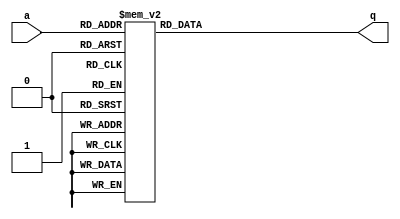
module Decoder(a, q);

input [4:0]a;
output reg [31:0]q;

always @ (*)
begin 
	case(a)
	5'b00000: q=32'b0000_0000_0000_0000_0000_0000_0000_0001;
	5'b00001: q=32'b0000_0000_0000_0000_0000_0000_0000_0010;
	5'b00010: q=32'b0000_0000_0000_0000_0000_0000_0000_0100;
	5'b00011: q=32'b0000_0000_0000_0000_0000_0000_0000_1000;
	5'b00100: q=32'b0000_0000_0000_0000_0000_0000_0001_0000;
	5'b00101: q=32'b0000_0000_0000_0000_0000_0000_0010_0000;
	5'b00110: q=32'b0000_0000_0000_0000_0000_0000_0100_0000;
	5'b00111: q=32'b0000_0000_0000_0000_0000_0000_1000_0000;
	5'b01000: q=32'b0000_0000_0000_0000_0000_0001_0000_0000;
	5'b01001: q=32'b0000_0000_0000_0000_0000_0010_0000_0000;
	5'b01010: q=32'b0000_0000_0000_0000_0000_0100_0000_0000;
	5'b01011: q=32'b0000_0000_0000_0000_0000_1000_0000_0000;
	5'b01100: q=32'b0000_0000_0000_0000_0001_0000_0000_0000;
	5'b01101: q=32'b0000_0000_0000_0000_0010_0000_0000_0000;
	5'b01110: q=32'b0000_0000_0000_0000_0100_0000_0000_0000;
	5'b01111: q=32'b0000_0000_0000_0000_1000_0000_0000_0000;
	5'b10000: q=32'b0000_0000_0000_0001_0000_0000_0000_0000;
	5'b10001: q=32'b0000_0000_0000_0010_0000_0000_0000_0000;
	5'b10010: q=32'b0000_0000_0000_0100_0000_0000_0000_0000;
	5'b10011: q=32'b0000_0000_0000_1000_0000_0000_0000_0000;
	5'b10100: q=32'b0000_0000_0001_0000_0000_0000_0000_0000;
	5'b10101: q=32'b0000_0000_0010_0000_0000_0000_0000_0000;
	5'b10110: q=32'b0000_0000_0100_0000_0000_0000_0000_0000;
	5'b10111: q=32'b0000_0000_1000_0000_0000_0000_0000_0000;
	5'b11000: q=32'b0000_0001_0000_0000_0000_0000_0000_0000;
	5'b11001: q=32'b0000_0010_0000_0000_0000_0000_0000_0000;
	5'b11010: q=32'b0000_0100_0000_0000_0000_0000_0000_0000;
	5'b11011: q=32'b0000_1000_0000_0000_0000_0000_0000_0000;
	5'b11100: q=32'b0001_0000_0000_0000_0000_0000_0000_0000;
	5'b11101: q=32'b0010_0000_0000_0000_0000_0000_0000_0000;
	5'b11110: q=32'b0100_0000_0000_0000_0000_0000_0000_0000;
	5'b11111: q=32'b1000_0000_0000_0000_0000_0000_0000_0000;
	endcase
end
endmodule